Preliminary report on a parasite found in persons suffering from enlargement of the spleen in India - Number 8
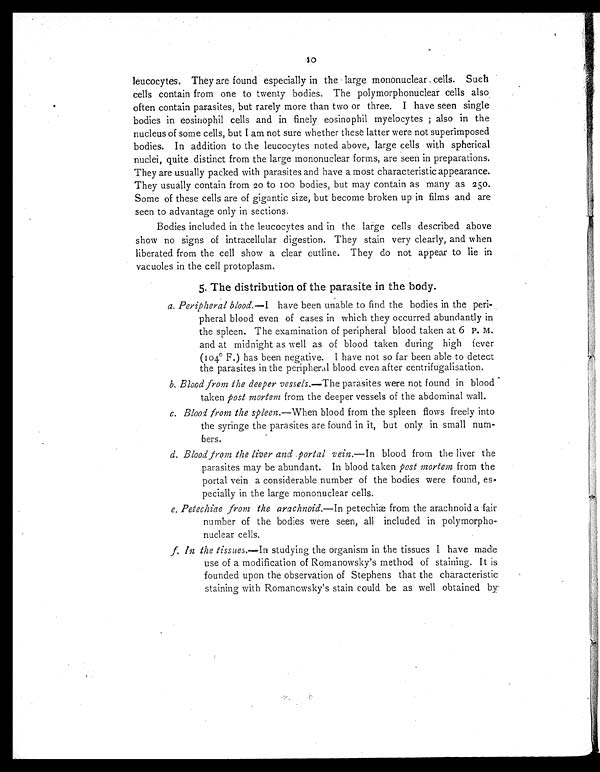
10
leucocytes. They are found especially in the large mononuclear cells. Such
cells contain from one to twenty bodies. The polymorphonuclear cells also
often contain parasites, but rarely more than two or three. I have seen single
bodies in eosinophil cells and in finely eosinophil myelocytes ; also in the
nucleus of some cells, but I am not sure whether these latter were not superimposed
bodies. In addition to the leucocytes noted above, large cells with spherical
nuclei, quite distinct from the large mononuclear forms, are seen in preparations.
They are usually packed with parasites and have a most characteristic appearance.
They usually contain from 20 to 100 bodies, but may contain as many as 250.
Some of these cells are of gigantic size, but become broken up in films and are
seen to advantage only in sections.
Bodies included in the leucocytes and in the large cells described above
show no signs of intracellular digestion. They stain very clearly, and when
liberated from the cell show a clear outline. They do not appear to lie in
vacuoles in the cell protoplasm.
5. The distribution of the parasite in the body.
a. Peripheral blood.—I have been unable to find the bodies in the peri-
pheral blood even of cases in which they occurred abundantly in
the spleen. The examination of peripheral blood taken at 6 P. M.
and at midnight as well as of blood taken during high fever
(104° F.) has been negative. I have not so far been able to detect
the parasites in the peripheral blood even after centrifugalisation.
b. Blood from the deeper vessels.—The parasites were not found in blood
taken post mortem from the deeper vessels of the abdominal wall.
c. Blood from the spleen.—When blood from the spleen flows freely into
the syringe the parasites are found in it, but only, in small num-
bers.
d. Blood from the liver and portal vein.— In blood from the liver the
parasites may be abundant. In blood taken post mortem from the
portal vein a considerable number of the bodies were found, es-
pecially in the large mononuclear cells.
e. Petechiae from the arachnoid.— In pe t e c hæ f r om t he a r a c hnoi d a f a i r
number of the bodies were seen, all included in poymorpho-
nuclear cells.
f.
I n t h e t i s s u e s . —
I n
s t u d y i n g t h e o r g a n i s m i n t h e t i s s u e s I h a v e m a d e
use of a modification of Romanowsky's method of staining. It is
founded upon the observation of Stephens that the characteristic
staining with Romanowsky's stain could be as well obtained by